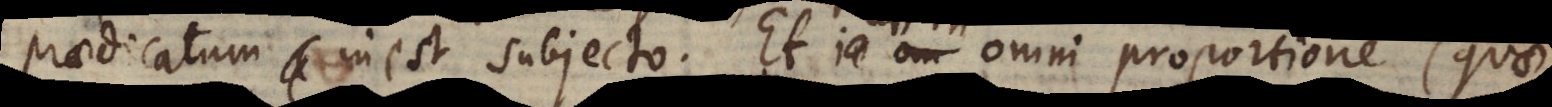
praedicatum inest subjecto. Et uti in omni proportione (quae